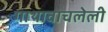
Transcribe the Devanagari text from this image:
गाथावाचलेली